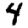
Digit: 4